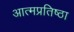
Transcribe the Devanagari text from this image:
आत्मप्रतिष्ठा